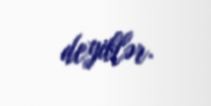
deyiblər.